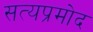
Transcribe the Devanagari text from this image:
सत्यप्रमोद